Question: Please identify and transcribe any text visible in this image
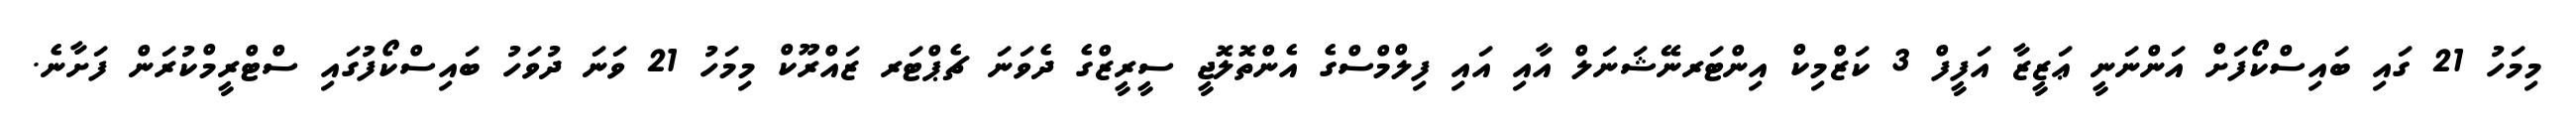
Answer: މިމަހު 21 ގައި ބައިސްކޯފަށް އަންނަނީ ޢަޒީޒާ އަފީފް 3 ކަޒްމިކް އިންޓަރނޭޝަނަލް އާއި އައި ފިލްމްސްގެ އެންތޮލޮޖީ ސީރީޒްގެ ދެވަނަ ޗެޕްޓަރ ޒައްރޫކް މިމަހު 21 ވަނަ ދުވަހު ބައިސްކޯފުގައި ސްޓްރީމްކުރަން ފަށާނެ.